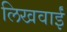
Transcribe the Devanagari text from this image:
लिखवाईं